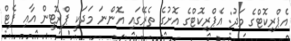
އެޕްރިކޮޓްގެ މަދު: އެޕްރިކޮޓްގެ އޮށުގެ ތެރޭގައި އޮންނަ މަދަކީ ޕްރޮޓީން އާއި ފެޓް